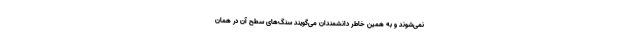
نمی‌شوند و به همین خاطر دانشمندان می‌گویند سنگ‌های سطح آن در همان